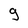
Character: 9